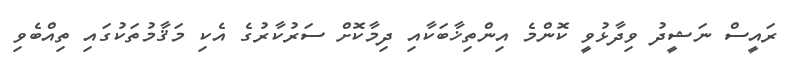
ރައީސް ނަޝީދު ވިދާޅުވީ ކޮންމެ އިންތިޚާބަކާއި ދިމާކޮށް ސަރުކާރުގެ އެކި މަޤާމުތަކުގައި ތިއްބެވި